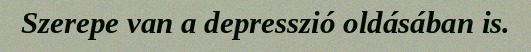
Szerepe van a depresszió oldásában is.